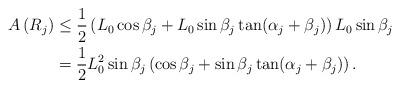
LaTeX: \begin{align*} A\left(R_j\right)& \leq \frac{1}{2}\left(L_0 \cos \beta_j + L_0 \sin\beta_j\tan(\alpha_j + \beta_j)\right)L_0\sin\beta_j \\ &= \frac{1}{2}L_0^2\sin\beta_j \left(\cos \beta_j + \sin\beta_j\tan(\alpha_j + \beta_j)\right). \end{align*}